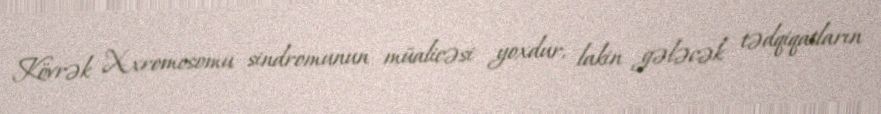
Kövrək X-xromosomu sindromunun müalicəsi yoxdur, lakin gələcək tədqiqatların